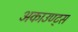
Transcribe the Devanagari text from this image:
अकाउण्ट्स